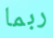
ربما